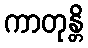
ကာတုန္တိ